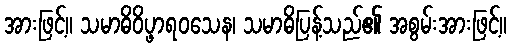
အားဖြင့်။ သမာဓိဝိပ္ဖာရဝသေန၊ သမာဓိပြန့်သည်၏ အစွမ်းအားဖြင့်။